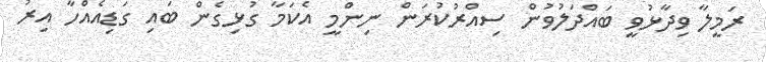
ރަމީލާ ވިދާޅުވީ ބައްދަލުވުން ސިއްރުކުރަން ނިންމީ އެކަމާ ގުޅިގެން ބައި ގަޑިއެއްހާ އިރު